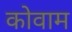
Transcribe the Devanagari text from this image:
कोवाम